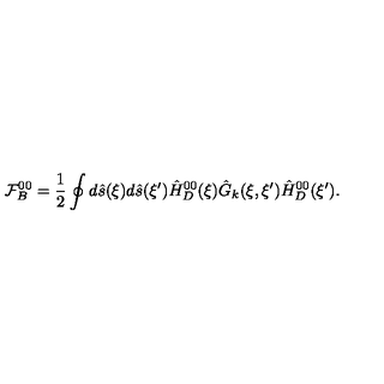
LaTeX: { \mathcal { F } _ { B } ^ { 0 0 } } = { \frac { 1 } { 2 } } \oint { d } \hat { s } ( \xi ) d \hat { s } ( \xi ^ { \prime } ) { \hat { H } _ { D } ^ { 0 0 } } ( \xi ) { \hat { G } _ { k } } ( \xi , \xi ^ { \prime } ) { \hat { H } _ { D } ^ { 0 0 } } ( \xi ^ { \prime } ) .